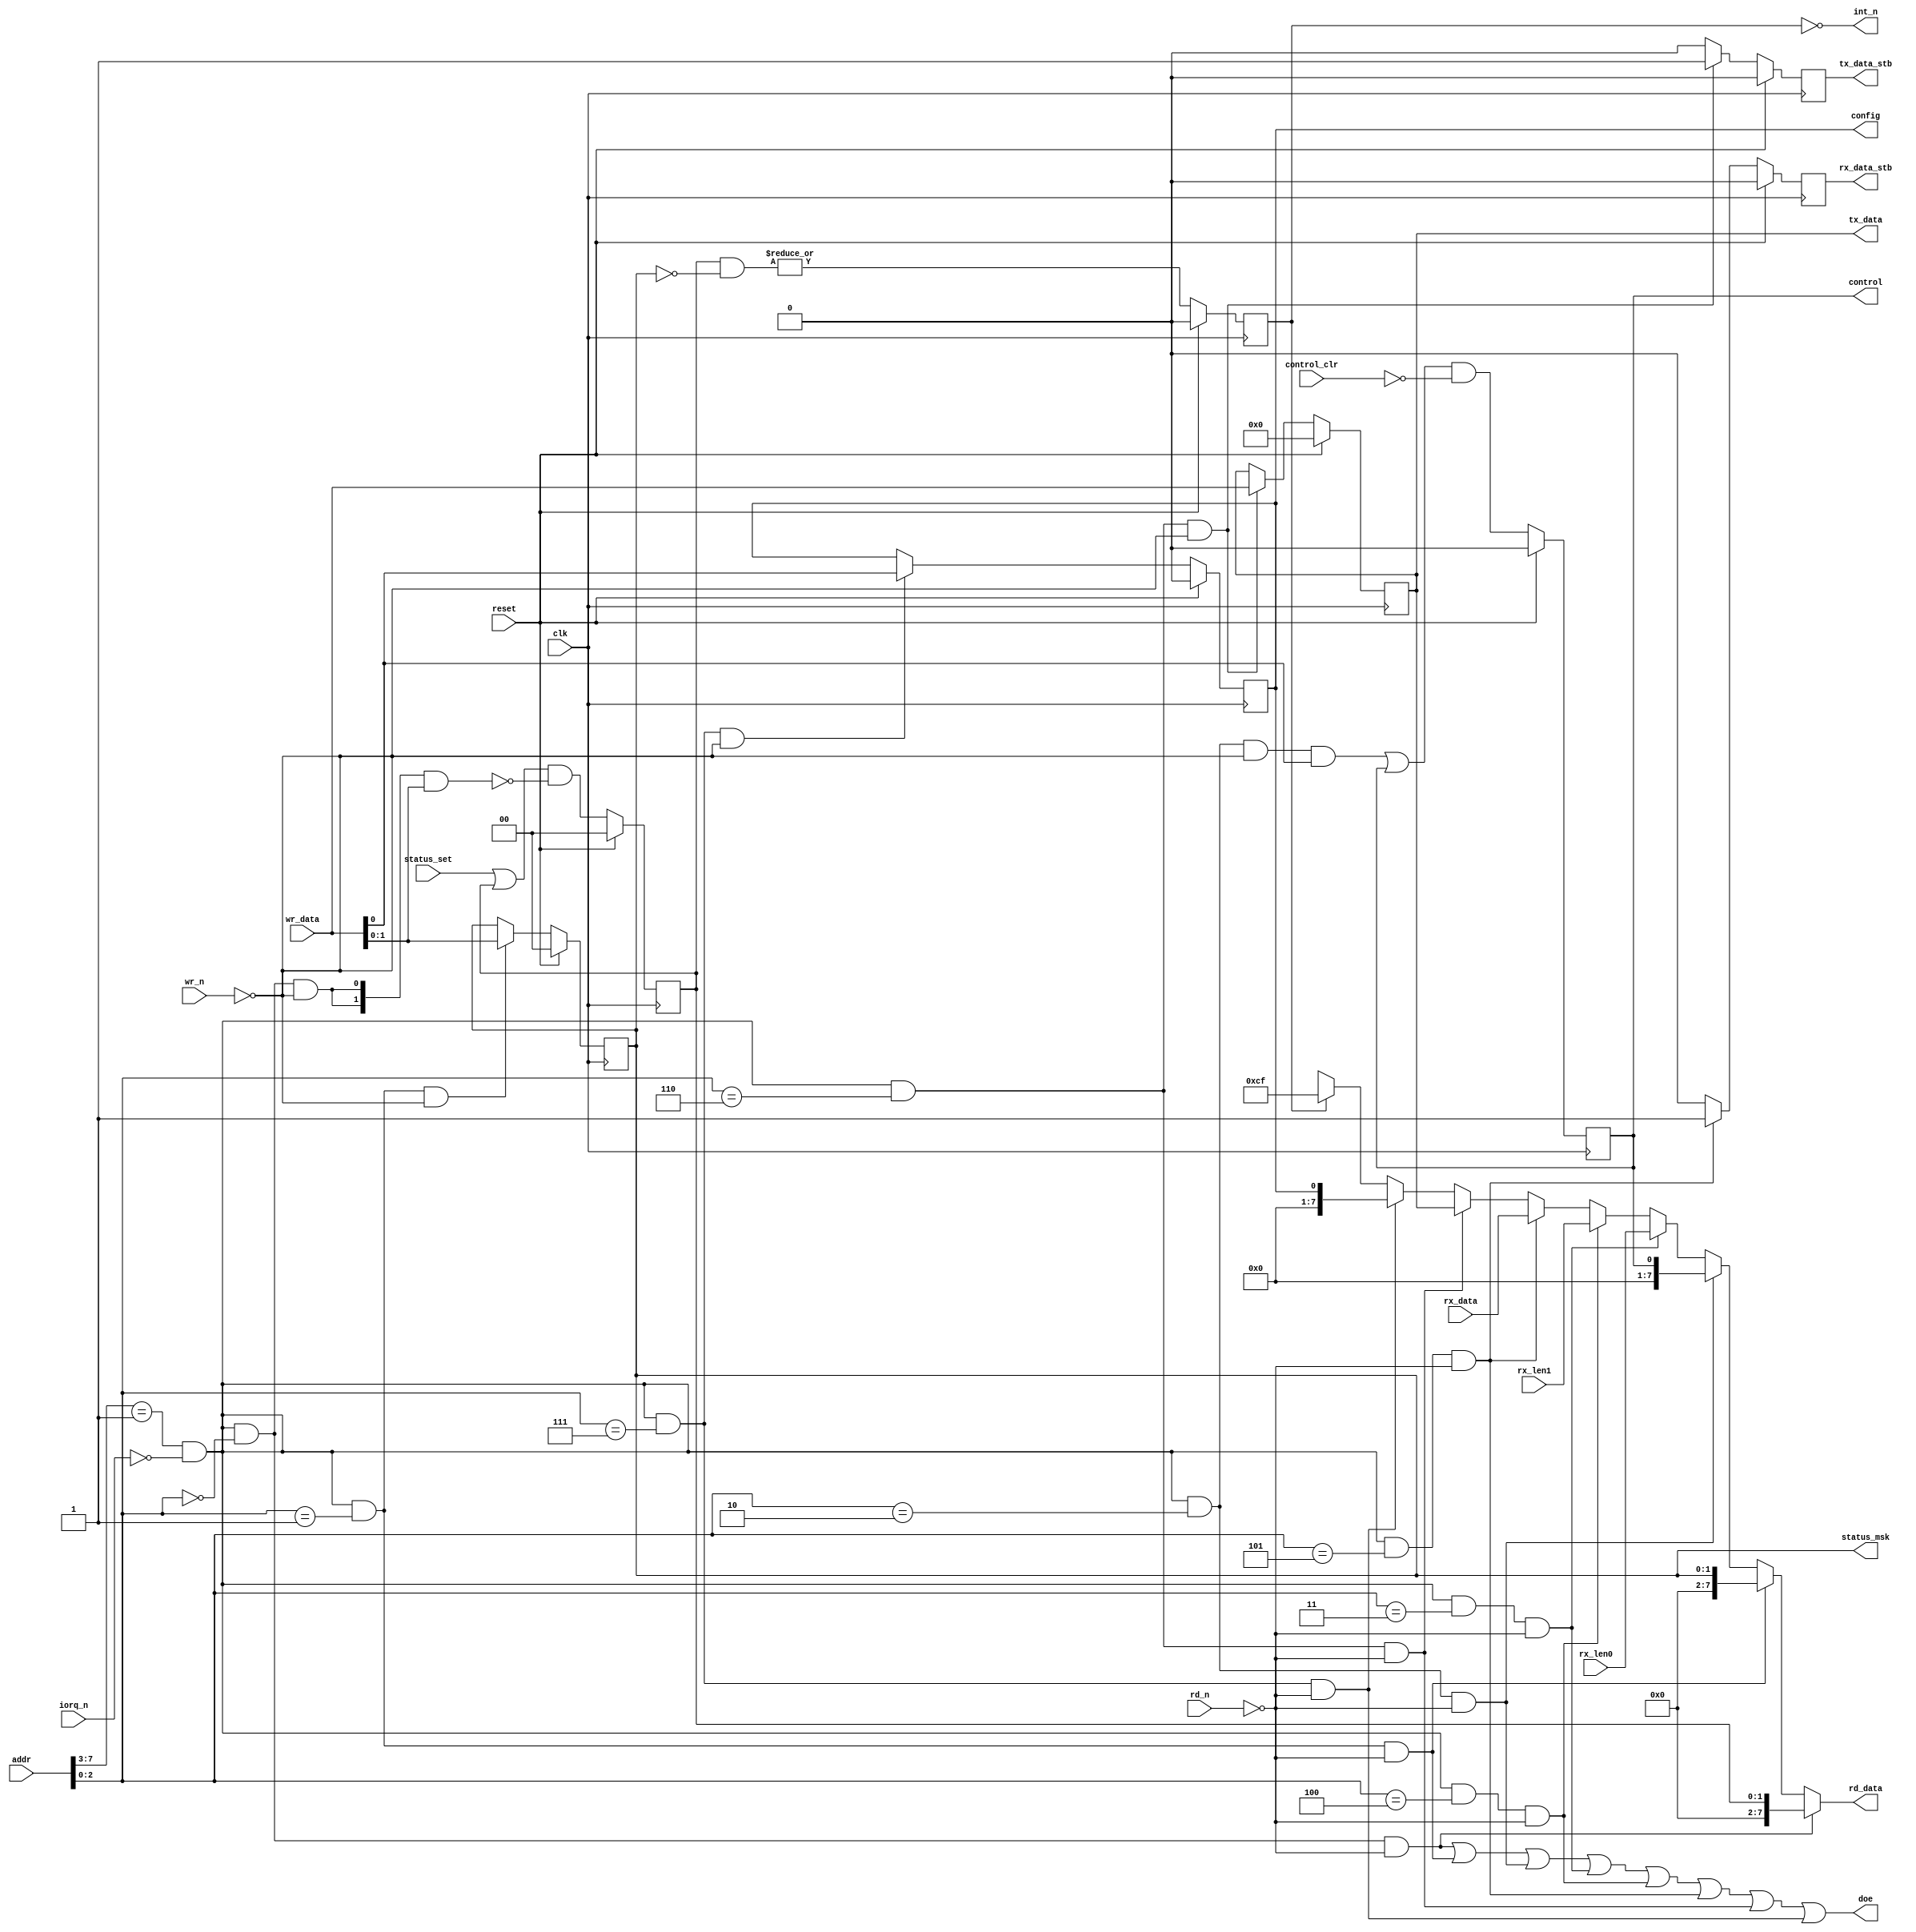
module simple_gmii_regs (
clk,reset,addr,wr_data,rd_data,doe,rd_n,wr_n,iorq_n,status_set,status_msk,control,control_clr,rx_len0,rx_len1,rx_data,rx_data_stb,tx_data,tx_data_stb,config,int_n);
input clk;
input reset;
input [15:0] addr;
input [7:0] wr_data;
output [7:0] rd_data;
output doe;
input rd_n;
input wr_n;
input iorq_n;
input [1:0] status_set;
output [1:0] status_msk;
output control;
input control_clr;
input [7:0] rx_len0;
input [7:0] rx_len1;
input [7:0] rx_data;
output rx_data_stb;
output [7:0] tx_data;
output tx_data_stb;
output config;
output int_n;
reg [7:0] rd_data;
reg block_select;
reg doe;
reg status_rd_sel;
reg [1:0] status;
reg status_wr_sel;
reg status_int;
reg [1:0] status_msk;
reg status_msk_rd_sel;
reg status_msk_wr_sel;
reg control;
reg control_rd_sel;
reg control_wr_sel;
reg rx_len0_rd_sel;
reg rx_len1_rd_sel;
reg rx_data_rd_sel;
reg rx_data_stb;
reg [7:0] tx_data;
reg tx_data_rd_sel;
reg tx_data_wr_sel;
reg tx_data_stb;
reg config;
reg config_rd_sel;
reg config_wr_sel;
reg int_n;
reg [7:0] int_vec;
always @*
  begin
    block_select = (addr[7:3] == 1) & !iorq_n;
    status_rd_sel = block_select & (addr[2:0] == 0) & !rd_n;
    status_wr_sel = block_select & (addr[2:0] == 0) & !wr_n;
    status_msk_rd_sel = block_select & (addr[2:0] == 1) & !rd_n;
    status_msk_wr_sel = block_select & (addr[2:0] == 1) & !wr_n;
    control_rd_sel = block_select & (addr[2:0] == 2) & !rd_n;
    control_wr_sel = block_select & (addr[2:0] == 2) & !wr_n;
    rx_len0_rd_sel = block_select & (addr[2:0] == 3) & !rd_n;
    rx_len1_rd_sel = block_select & (addr[2:0] == 4) & !rd_n;
    rx_data_rd_sel = block_select & (addr[2:0] == 5) & !rd_n;
    tx_data_rd_sel = block_select & (addr[2:0] == 6) & !rd_n;
    tx_data_wr_sel = block_select & (addr[2:0] == 6) & !wr_n;
    config_rd_sel = block_select & (addr[2:0] == 7) & !rd_n;
    config_wr_sel = block_select & (addr[2:0] == 7) & !wr_n;
  end
always @*
  begin
    case (1'b1)
      status_int : int_vec = 207;
      default : int_vec = 8'bx;
    endcase
    case (1'b1)
      status_rd_sel : rd_data = status;
      status_msk_rd_sel : rd_data = status_msk;
      control_rd_sel : rd_data = control;
      rx_len0_rd_sel : rd_data = rx_len0;
      rx_len1_rd_sel : rd_data = rx_len1;
      rx_data_rd_sel : rd_data = rx_data;
      tx_data_rd_sel : rd_data = tx_data;
      config_rd_sel : rd_data = config;
      default : rd_data = int_vec;
    endcase
    doe = status_rd_sel | status_msk_rd_sel | control_rd_sel | rx_len0_rd_sel | rx_len1_rd_sel | rx_data_rd_sel | tx_data_rd_sel | config_rd_sel;
  end
always @*
  begin
    int_n = ~(status_int);
  end
// register: status
always @(posedge clk)
  begin
    if (reset) status <= 0;
    else status <= (status_set | status) & ~( {2{status_wr_sel}} & wr_data);
    if (reset) status_int <= 0;
    else status_int <= |(status & ~status_msk);
  end
// register: status_msk
always @(posedge clk)
  begin
    if (reset) status_msk <= 0;
    else if (status_msk_wr_sel) status_msk <= wr_data;
  end
// register: control
always @(posedge clk)
  begin
    if (reset) control <= 0;
    else control <= ( ({1{control_wr_sel}} & wr_data) | control) & ~(control_clr);
  end
// register: rx_data
always @(posedge clk)
  begin
    if (reset) rx_data_stb <= 0;
    else if (rx_data_rd_sel) rx_data_stb <= 1;
    else rx_data_stb <= 0;
  end
always @(posedge clk)
  begin
    if (reset) tx_data <= 0;
    else if (tx_data_wr_sel) tx_data <= wr_data;
    if (reset) tx_data_stb <= 0;
    else if (tx_data_wr_sel) tx_data_stb <= 1;
    else tx_data_stb <= 0;
  end
// register: config
always @(posedge clk)
  begin
    if (reset) config <= 0;
    else if (config_wr_sel) config <= wr_data;
  end
endmodule